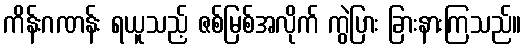
ကိန်းဂဏန်း ရယူသည့် ဇစ်မြစ်အလိုက် ကွဲပြား ခြားနားကြသည်။